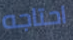
احتاجه